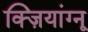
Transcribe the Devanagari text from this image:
क्ज़ियांग्नू